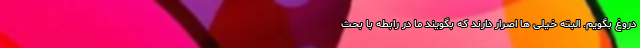
دروغ بگویم. البته خیلی ها اصرار دارند که بگویند ما در رابطه با بحث